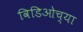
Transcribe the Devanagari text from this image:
विडिओच्या